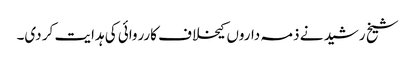
شیخ رشید نے ذمہ داروں کیخلاف کارروائی کی ہدایت کر دی۔